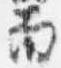
面